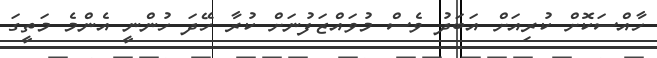
ހާއްސަކޮށް ކުރިއަށް އަބަދު ވެސް މުވައްޒަފުނަށް ކުރާ ހޭދަ ހުންނީ އެންމެ މަތީގަ